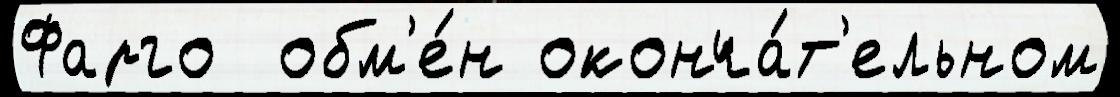
Фарго  обм'е́н оконча́т'ельном